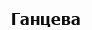
Ганцева